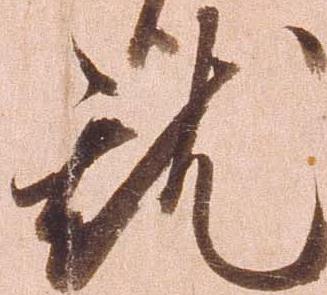
就